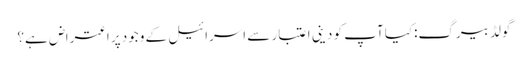
گولڈ بیرگ:کیا آپ کو دینی اعتبار سے اسرائیل کے وجود پر اعتراض ہے؟